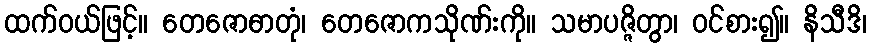
ထက်ဝယ်ဖြင့်။ တေဇောဓာတုံ၊ တေဇောကသိုဏ်းကို။ သမာပဇ္ဇိတွာ၊ ဝင်စား၍။ နိသီဒိ၊